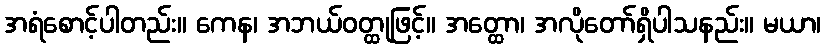
အရံစောင့်ပါတည်း။ ကေန၊ အဘယ်ဝတ္ထုဖြင့်။ အတ္ထော၊ အလိုတော်ရှိပါသနည်း။ မယာ၊